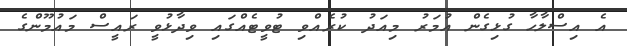
އެ އިސްލާހާ ގުޅިގެން އުމަރު މިއަދު ކުރެއްވި ޓުވީޓެއްގައި ވިދާޅުވީ ރައީސް މައުމޫންގެ